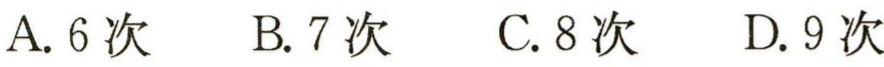
A. 6次  B. 7次  C. 8次  D. 9次